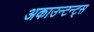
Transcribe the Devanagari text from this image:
अकाउन्टन्ट्स